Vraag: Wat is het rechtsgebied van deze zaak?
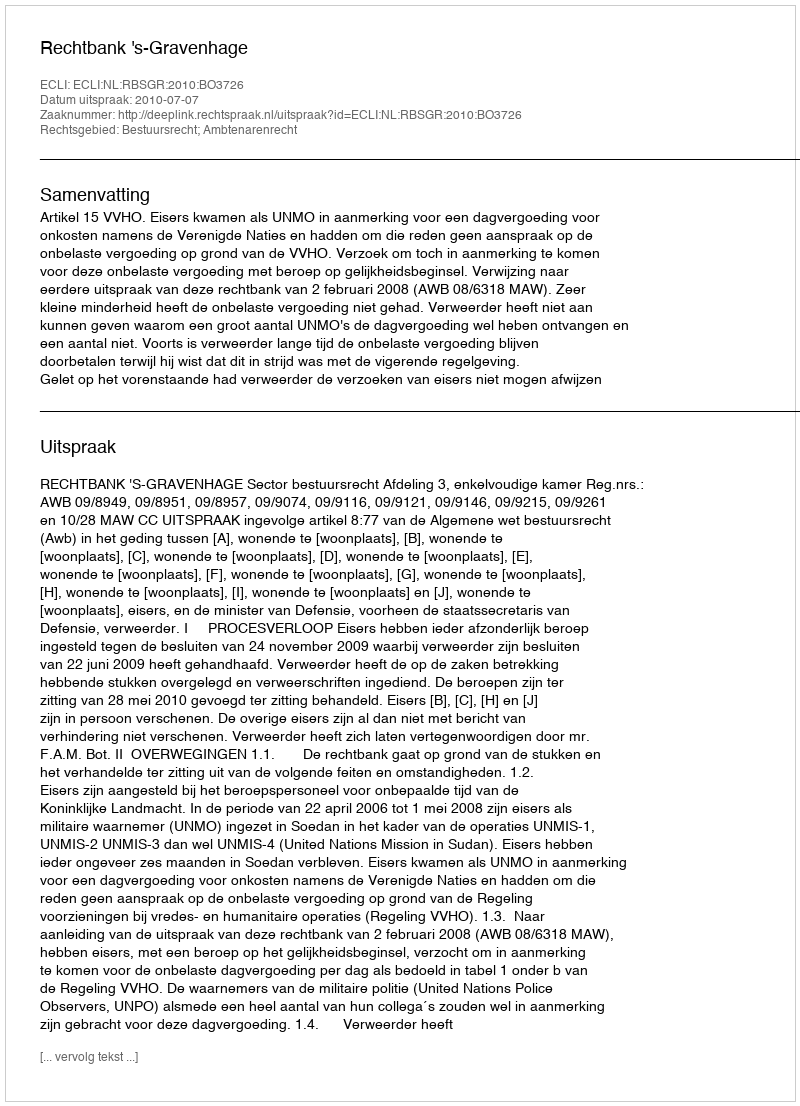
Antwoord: Bestuursrecht; Ambtenarenrecht